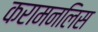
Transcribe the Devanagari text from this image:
करामनलिस